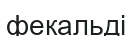
фекальді